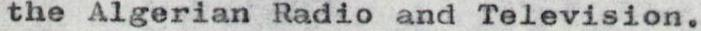
the Algerian Radio and Television.